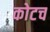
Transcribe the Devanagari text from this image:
कोटच